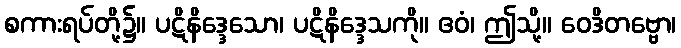
စကားရပ်တို့၌။ ပဋိနိဒ္ဒေသော၊ ပဋိနိဒ္ဒေသကို။ ဧဝံ၊ ဤသို့။ ဝေဒိတဗ္ဗော၊